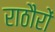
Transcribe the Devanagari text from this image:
राठौरों